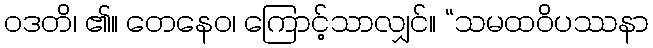
ဝဒတိ၊ ၏။ တေနေဝ၊ ကြောင့်သာလျှင်။ “သမထဝိပဿနာ